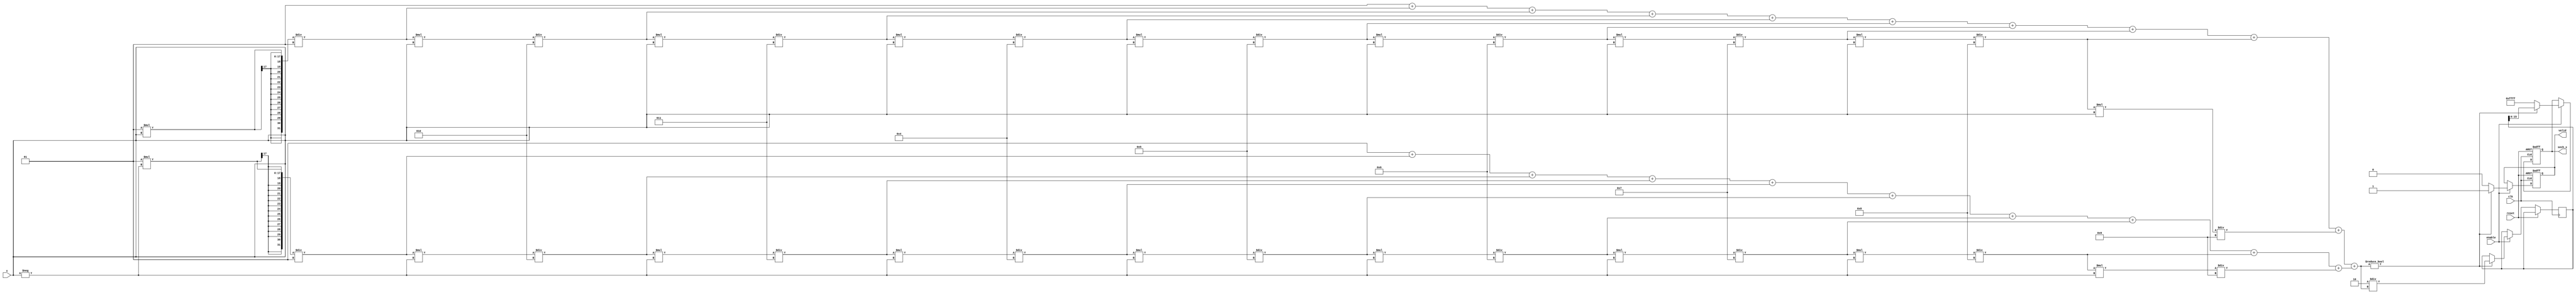
module hyperbolic_secant (
    input wire clk,
    input wire reset,
    input wire enable,
    input wire signed [15:0] x, // Fixed-point input (1 sign bit, 7 integer bits, 8 fractional bits)
    output reg signed [15:0] sech_x, // Fixed-point output
    output reg valid // Output valid signal
);

    // Internal signals
    wire signed [31:0] exp_x; // Intermediate signal for e^x
    wire signed [31:0] exp_neg_x; // Intermediate signal for e^-x
    wire signed [31:0] sum_exp; // e^x + e^-x
    reg signed [31:0] temp_sech; // Temporary variable for sech calculation

    // Exponential function approximation (Taylor series)
    function signed [31:0] exp_approx(input signed [15:0] val);
        reg signed [31:0] result;
        reg signed [31:0] term;
        integer i;
        begin
            result = 32'h00000001; // e^0 = 1
            term = 32'h00000001; // First term (x^0 / 0!)
            for (i = 1; i < 10; i = i + 1) begin
                term = (term * val) / i; // Calculate next term
                result = result + term; // Add term to result
            end
            exp_approx = result;
        end
    endfunction

    // Compute e^x and e^-x
    assign exp_x = exp_approx(x);
    assign exp_neg_x = exp_approx(-x);

    // Compute e^x + e^-x
    assign sum_exp = exp_x + exp_neg_x;

    // Compute sech(x) = 2 / (e^x + e^-x)
    always @(posedge clk or posedge reset) begin
        if (reset) begin
            sech_x <= 0;
            valid <= 0;
        end else if (enable) begin
            if (sum_exp != 0) begin
                temp_sech <= (32'h00000002 * 32'h00000001) / sum_exp; // Multiply by 2
                sech_x <= temp_sech[15:0]; // Take the fixed-point result
                valid <= 1; // Output is valid
            end else begin
                sech_x <= 16'hFFFF; // Handle division by zero case
                valid <= 0; // Output not valid
            end
        end
    end

endmodule